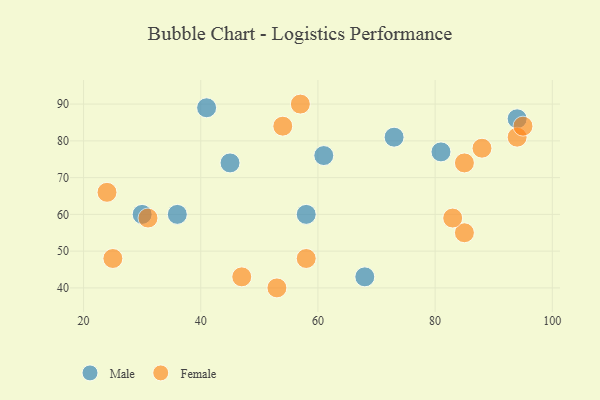
{"axis": {"x": "GDP", "y": "Life Expectancy"}, "legend": ["Female", "Male"], "data": [{"x": "41", "y": 89, "type": "Male"}, {"x": "30", "y": 60, "type": "Male"}, {"x": "58", "y": 60, "type": "Male"}, {"x": "45", "y": 74, "type": "Male"}, {"x": "94", "y": 86, "type": "Male"}, {"x": "36", "y": 60, "type": "Male"}, {"x": "81", "y": 77, "type": "Male"}, {"x": "68", "y": 43, "type": "Male"}, {"x": "61", "y": 76, "type": "Male"}, {"x": "73", "y": 81, "type": "Male"}, {"x": "31", "y": 59, "type": "Female"}, {"x": "24", "y": 66, "type": "Female"}, {"x": "85", "y": 74, "type": "Female"}, {"x": "57", "y": 90, "type": "Female"}, {"x": "58", "y": 48, "type": "Female"}, {"x": "53", "y": 40, "type": "Female"}, {"x": "54", "y": 84, "type": "Female"}, {"x": "94", "y": 81, "type": "Female"}, {"x": "88", "y": 78, "type": "Female"}, {"x": "25", "y": 48, "type": "Female"}, {"x": "95", "y": 84, "type": "Female"}, {"x": "47", "y": 43, "type": "Female"}, {"x": "85", "y": 55, "type": "Female"}, {"x": "83", "y": 59, "type": "Female"}]}